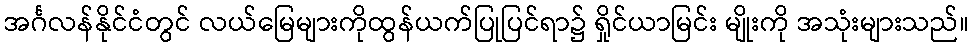
အင်္ဂလန်နိုင်ငံတွင် လယ်မြေများကိုထွန်ယက်ပြုပြင်ရာ၌ ရှိုင်ယာမြင်း မျိုးကို အသုံးများသည်။